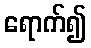
ရောက်၍